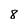
Character: 8